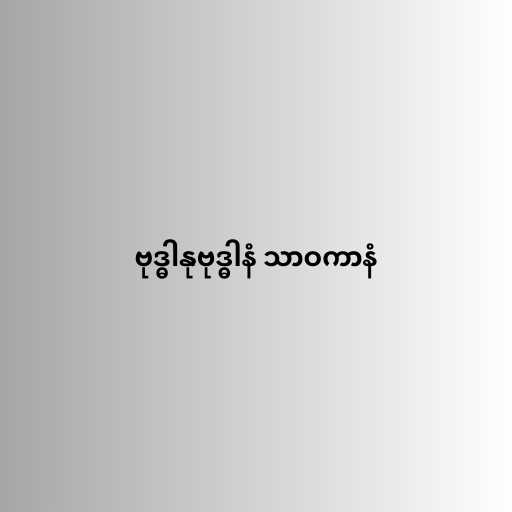
ဗုဒ္ဓါနုဗုဒ္ဓါနံ သာဝကာနံ